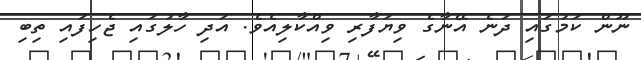
ނޫން ކަމުގައި ދަނެ އޭނާގެ ވިޔަފާރި ވިއްކާލިއެވެ. އަދި ހާލުގައި ޖެހިފައި ތިބި